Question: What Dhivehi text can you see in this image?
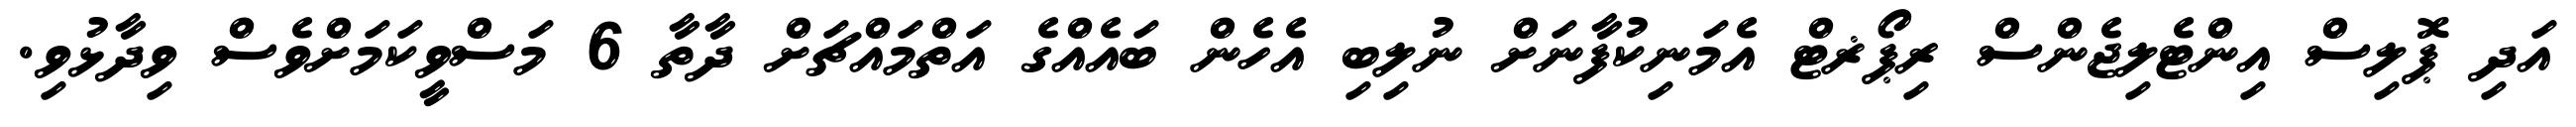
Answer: އަދި ޕޮލިސް އިންޓެލިޖެންސް ރިޕޯޜޓް އެމަނިކުފާނަށް ނުލިބި އެހެން ބައެއްގެ އަތްމައްޗަށް ދާތާ 6 މަސްވީކަމަށްވެސް ވިދާޅުވި.